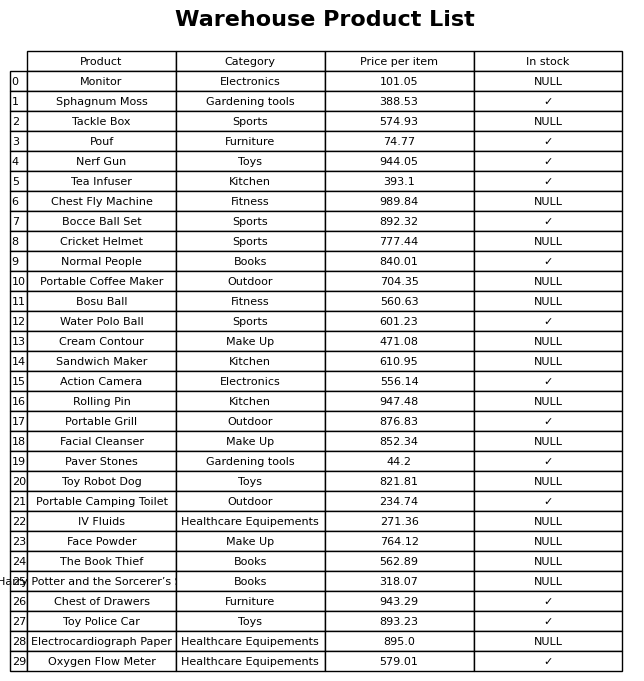
question: Is the Nerf Gun in stock?
answer: ✓